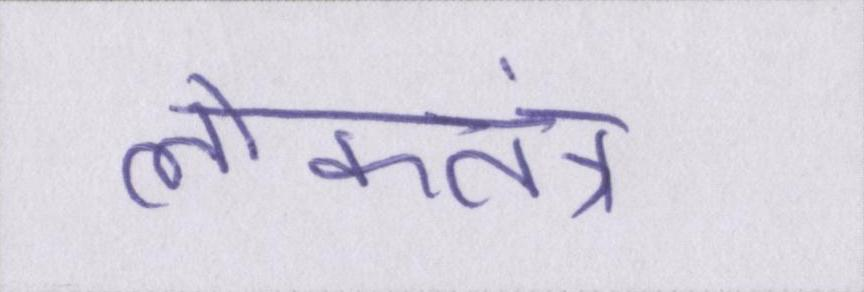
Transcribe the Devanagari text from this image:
लोकतंत्र